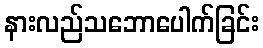
နားလည်သဘောပေါက်ခြင်း